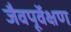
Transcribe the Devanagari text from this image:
जैवपूर्वेक्षण